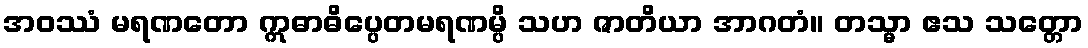
အဝဿံ မရဏတော ဣဓာဓိပ္ပေတမရဏမ္ပိ သဟ ဇာတိယာ အာဂတံ။ တသ္မာ ဧသ သတ္တော